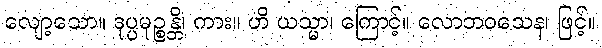
လျော့သော။ ဒုပ္ပမုဉ္စန္တိ၊ ကား။ ဟိ ယသ္မာ၊ ကြောင့်။ လောဘဝသေန၊ ဖြင့်။